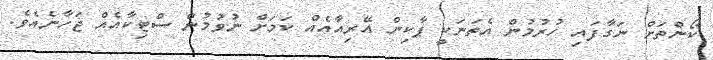
ކޯންތަށް ނަގާފައި ހުރުމުން އެތަނަކީ ޕާކިން އޭރިއާއެއް ކަމަށް ނުވުމުން ސްޓިކާއެއް ޖަހާނެއެވެ.